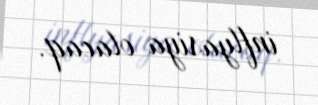
inflyasiya olacaq.